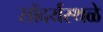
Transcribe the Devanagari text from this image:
सौंदर्यस्थळे